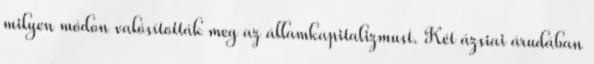
milyen módon valósították meg az államkapitalizmust. Két ázsiai árudában